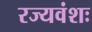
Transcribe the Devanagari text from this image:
रज्यवंशः